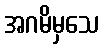
အဂမိမှသေ